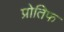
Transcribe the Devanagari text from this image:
प्रोतिफ